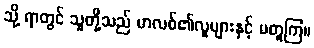
သို့ ရာတွင် သူတို့သည် မာလစ်၏လူများနှင့် မတူကြ။